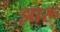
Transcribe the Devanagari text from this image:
झारू